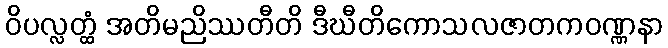
ဝိပလ္လတ္ထံ အတိမညိဿတီတိ ဒီဃီတိကောသလဇာတကဝဏ္ဏနာ